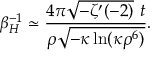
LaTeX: \beta _ { H } ^ { - 1 } \simeq \frac { 4 \pi \sqrt { - \zeta ^ { \prime } ( - 2 ) } \ t } { \rho \sqrt { - \kappa \ln ( \kappa \rho ^ { 6 } ) } } .